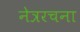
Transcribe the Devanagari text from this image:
नेत्ररचना